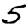
Digit: 5